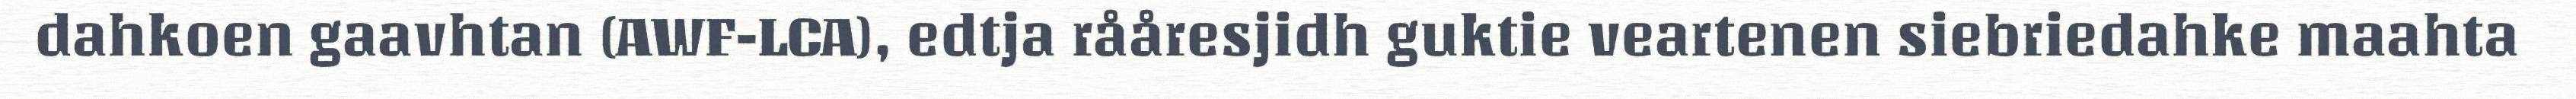
dahkoen gaavhtan (AWF-LCA), edtja rååresjidh guktie veartenen siebriedahke maahta